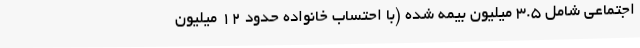
اجتماعی شامل 3.5 میلیون بیمه شده (با احتساب خانواده حدود 12 میلیون